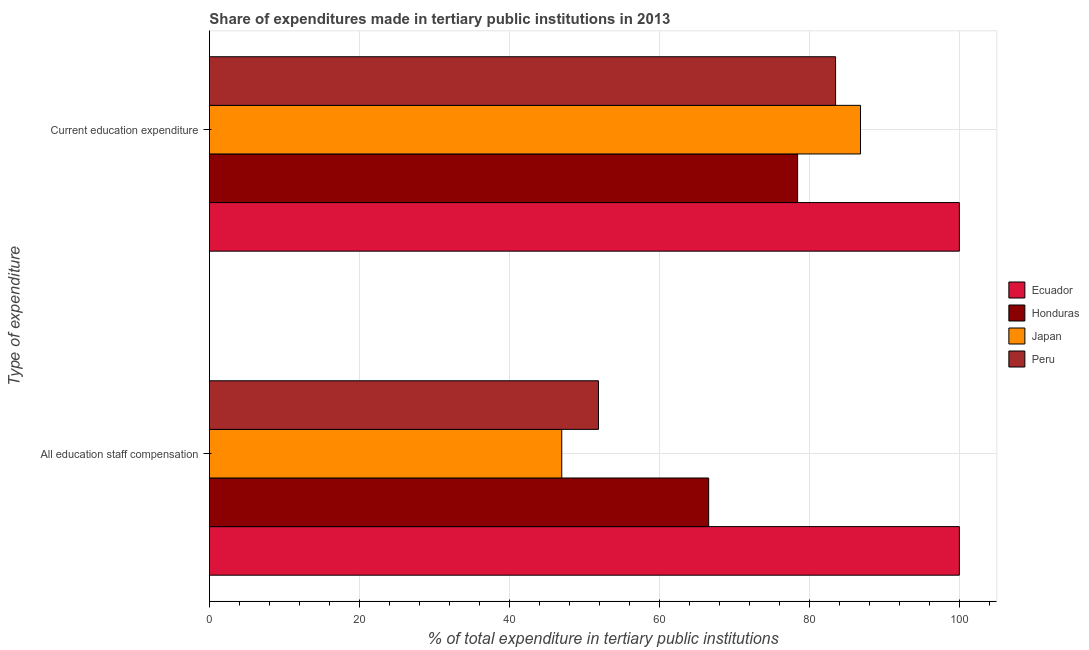
| Type of expenditure | Ecuador | Honduras | Japan | Peru |
 | --- | --- | --- | --- | --- |
 | All education staff compensation | 100 | 66.6 | 47 | 51.9 |
 | Current education expenditure | 100 | 78.4 | 86.8 | 83.5 |